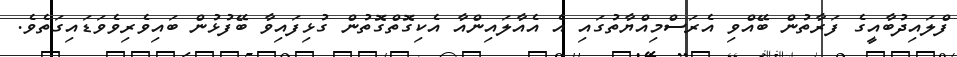
ފްލައިދުބާއީގެ ފަރާތުން ބޭއްވި އެރަސްމިއްޔާތުގައި އެ އެއާލައިންއާ އެކިގޮތްގޮތުން ގުޅިފައިވާ ބޭފުޅުން ބައިވެރިވެވަޑައިގަތެވެ.